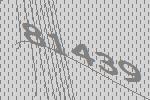
81439